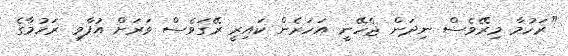
"ރަހުމާ މިރޭވެސް ނިދަން ޖެހޭނީ އަހަރެން ކައިރީ ރޭގަވެސް ވަރަށް އުފާވި ރަހުމާގެ